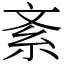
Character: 紊